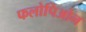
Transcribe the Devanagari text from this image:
फलोपिओन